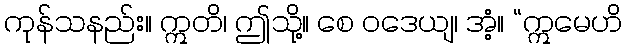
ကုန်သနည်း။ ဣတိ၊ ဤသို့။ စေ ဝဒေယျ၊ အံ့။ “ဣမေဟိ